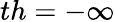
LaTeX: th=-\infty